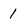
Character: 1